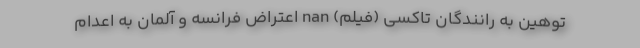
توهین به رانندگان تاکسی (فیلم) nan اعتراض فرانسه و آلمان به اعدام